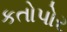
કતોપોર